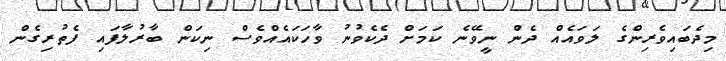
މިދެބައިވެރިންގެ ލަވައެއް ދެން ނީވޭނެ ކަމަށް ދެކެވުނު ވާހަކައެއްވެސް ނިކަން ބާރުލާފައި ފެތުރިގެން